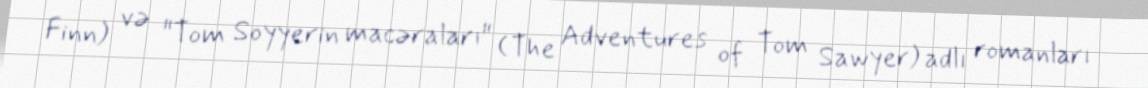
Finn) və "Tom Soyyerin macəraları" (The Adventures of Tom Sawyer) adlı romanları